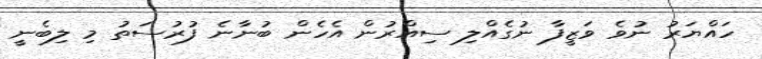
ހައްޔަރު ނުވެ ވަޒީފާ ނުގެއްލި ސިއްރުން އެހެން ބުނާނެ ފުރުސަތު މި ލިބެނީ